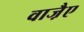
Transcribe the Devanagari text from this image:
वाजै़ए